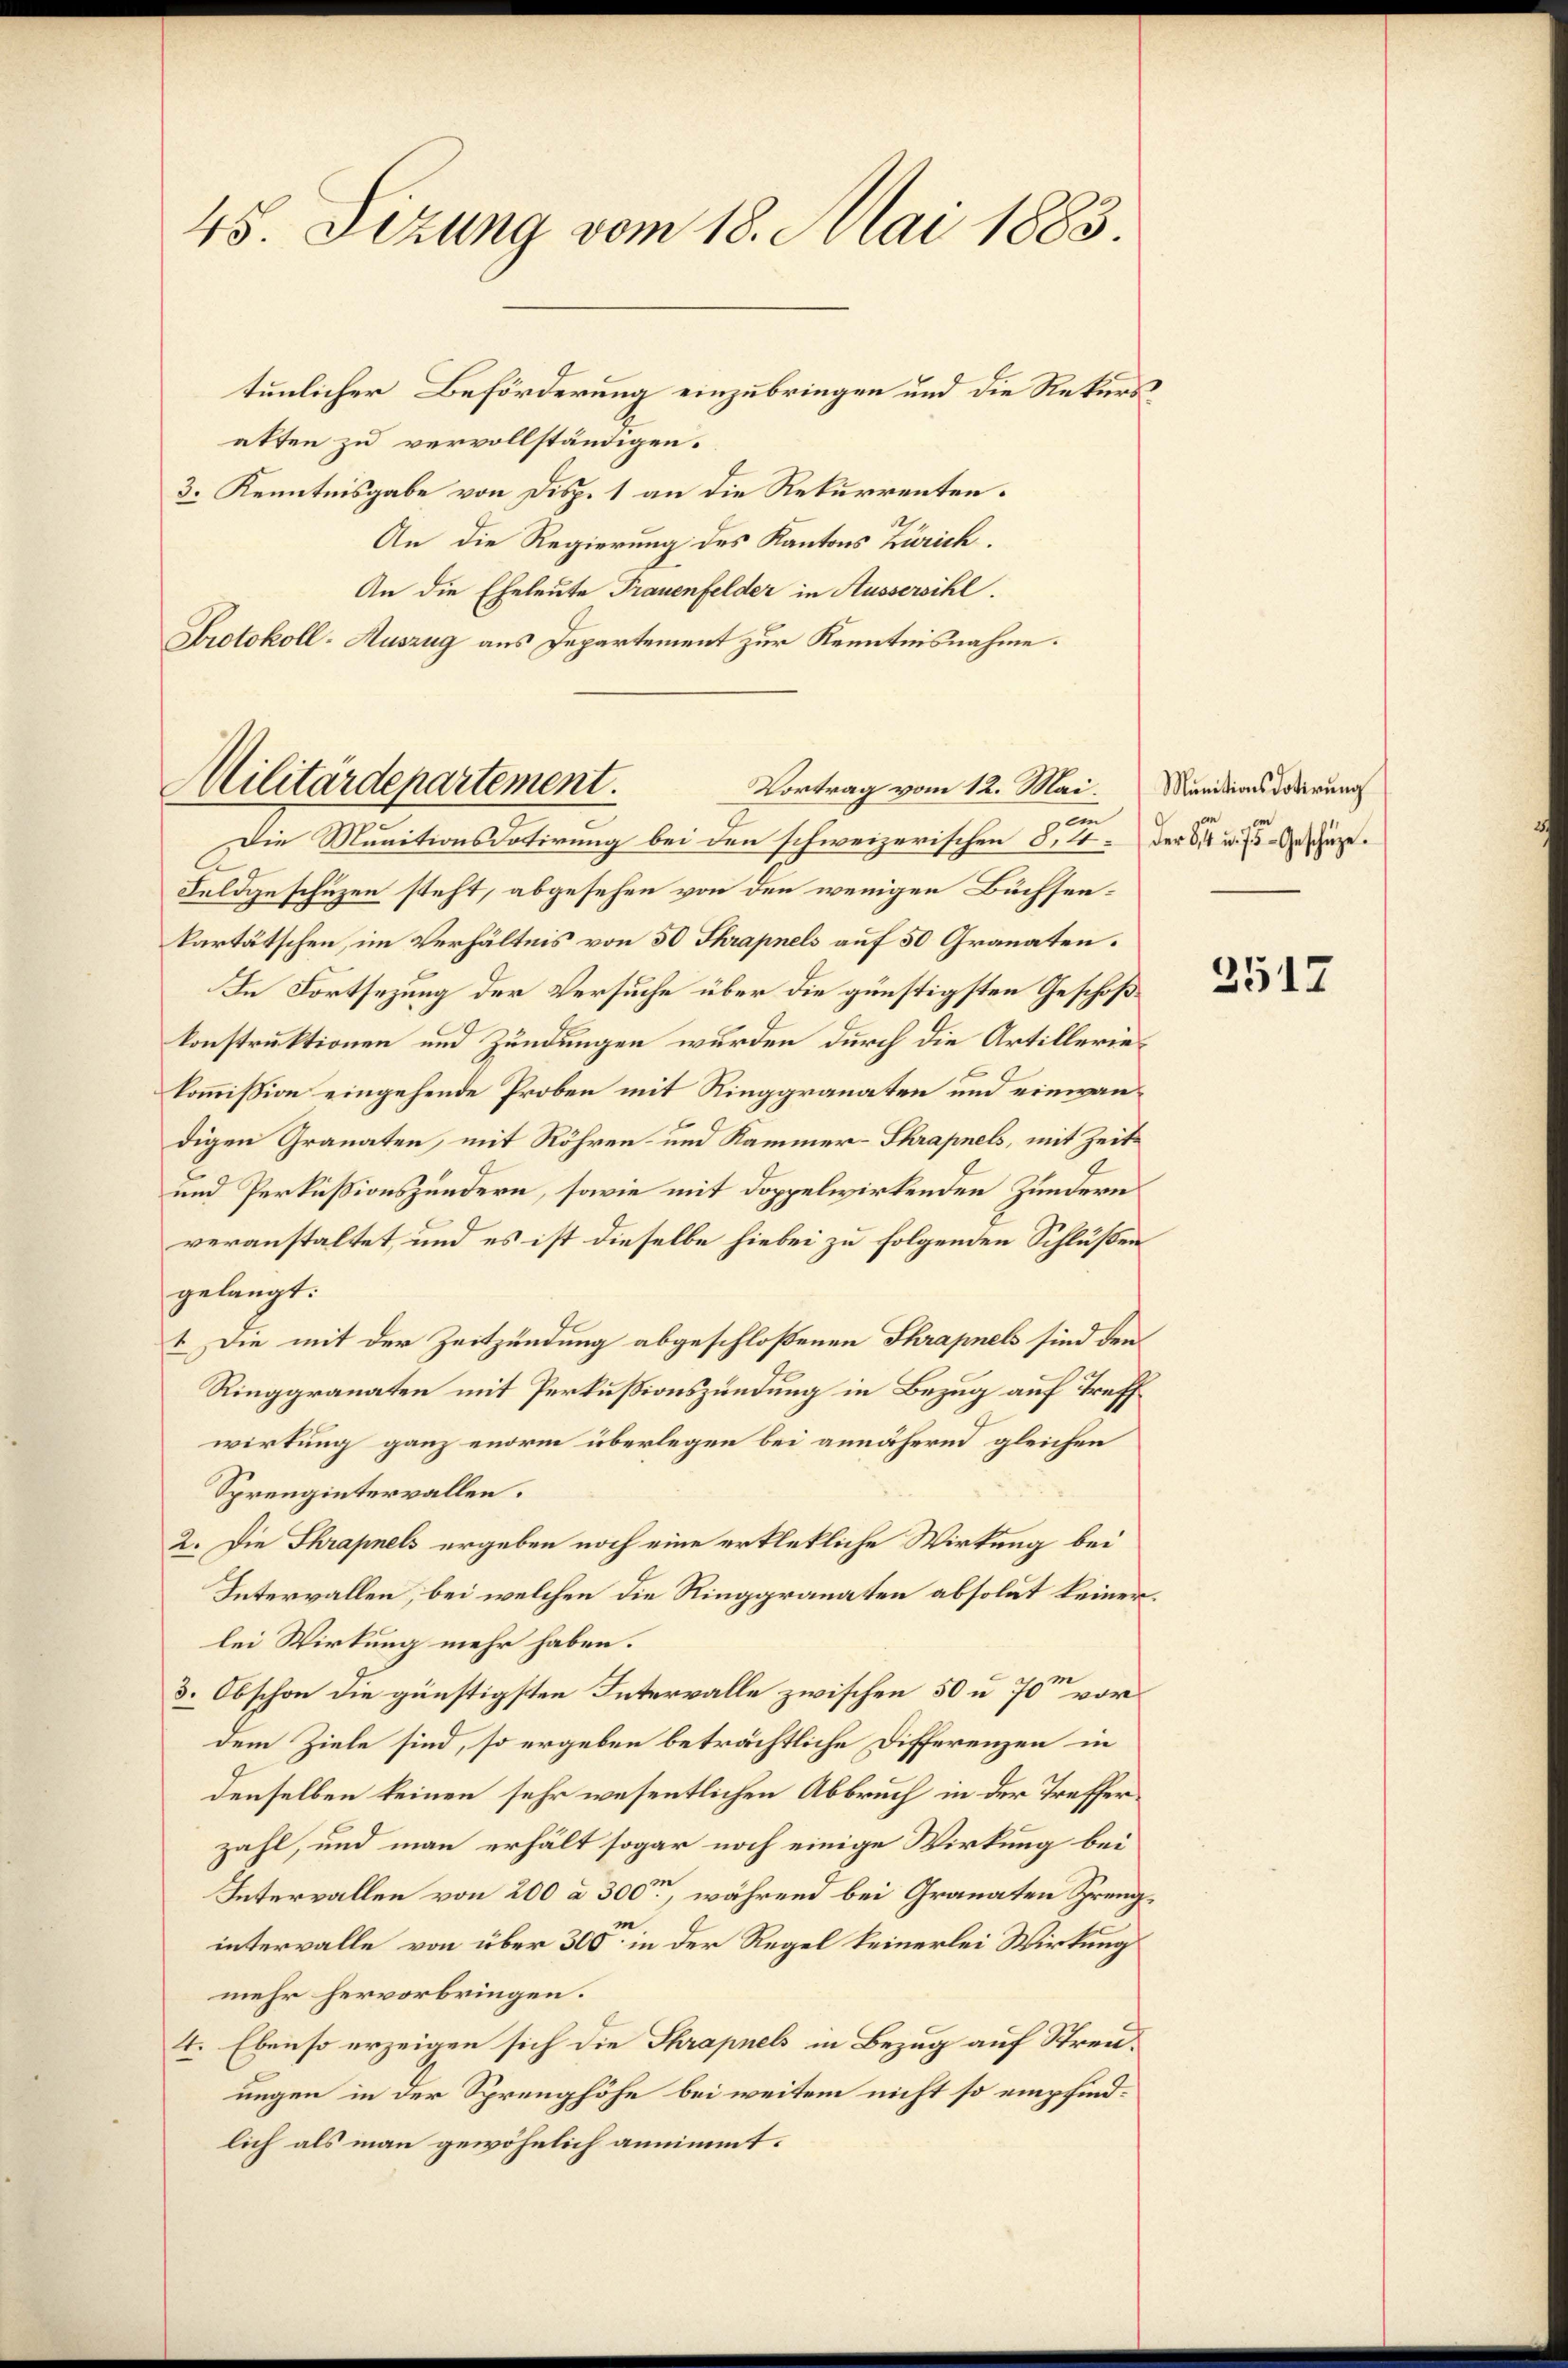
48. Sizung vom 18. Mai 1883.

tunlicher Beförderung einzubringen und die Rekurs
atten zu vervollständigen.
3. Kenntnisgabe von Disp. 1 an die Rekurrenten.
An die Regierung des Kantons Zürich.
An die Eheleute Trauenfelder in Aussersihl.
Protokoll-Auszug aus Departement zur Kenntnisnahme.

Militärdepartement.
Vortrag vom 12. Mai.
em

Die Munitionsdatirung bei den schweizerischen §. 4. der Sie u. Geschäze
Feldgeschuzen steht, abgesehen von den wenigen Buchsenkartätschen, im Verhältnis von 50 Thrapnels auf 50 Granaten.
In Fortsezung der Versuche über die günstigsten Geschößkonstruktionen und Zündungen wurden durch die Artilleriekommission eingehende Proben mit Ringgranaten und einwandigen Granaten, mit Röhren und Kammer-Shrapnels, mit Zeit¬
und Perkussionshundern, sowie mit doppelwirkenden Zundern
veranstaltet, und es ist dieselbe hiebei zu folgenden Schlüßen
gelangt:
1 Die mit der Zeitzündung abgeschloßenen Thrapnels sind den
Ringgranaten mit Perkußionszündung in Bezug auf Treff
wirkung ganz enorm überlegen bei annähernd gleichen
Sprengintervallen.
2. Die Thrapnels ergeben noch eine erklekliche Wirkung bei
Intervallen, bei welchen die Ringgranaten absolut keinen.
lei Wirkung mehr haben.
3. Obschon die günstigsten Intervalle zwischen 50 u. 70 vor
dem Ziele sind, so ergeben beträchtliche Differenzen in
denselben keinen sehr wesentlichen Abbruch in der Trefferzahl, und man erhält sogar noch einige Wirkung bei
Intervallen von 200 à 300, während bei Granaten Grengm
intervalle von über 300 in der Regel keinerlei Wirkung
mehr hervorbringen.
4. Ebenso erzeigen sich die Thrapnels in Bezug auf Streuungen in der Sprenghöhe bei weitem nicht so empfindlich als man gewöhnlich annimmt.

Munitionsdotirung

3517